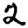
Digit: 2